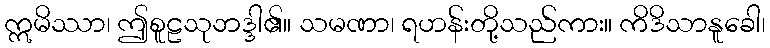
ဣမိဿာ၊ ဤစူဠသုဘဒ္ဒါ၏။ သမဏာ၊ ရဟန်းတို့သည်ကား။ ကိဒိသာနူခေါ၊